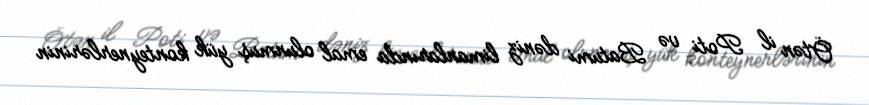
Ötən il Poti və Batumi dəniz limanlarında emal olunmuş yük konteynerlərinin